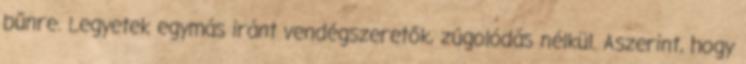
bűnre. Legyetek egymás iránt vendégszeretők, zúgolódás nélkül. Aszerint, hogy